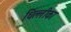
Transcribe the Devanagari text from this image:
धिल्लीका